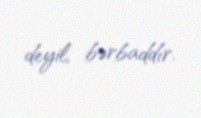
deyil, bərbaddır.